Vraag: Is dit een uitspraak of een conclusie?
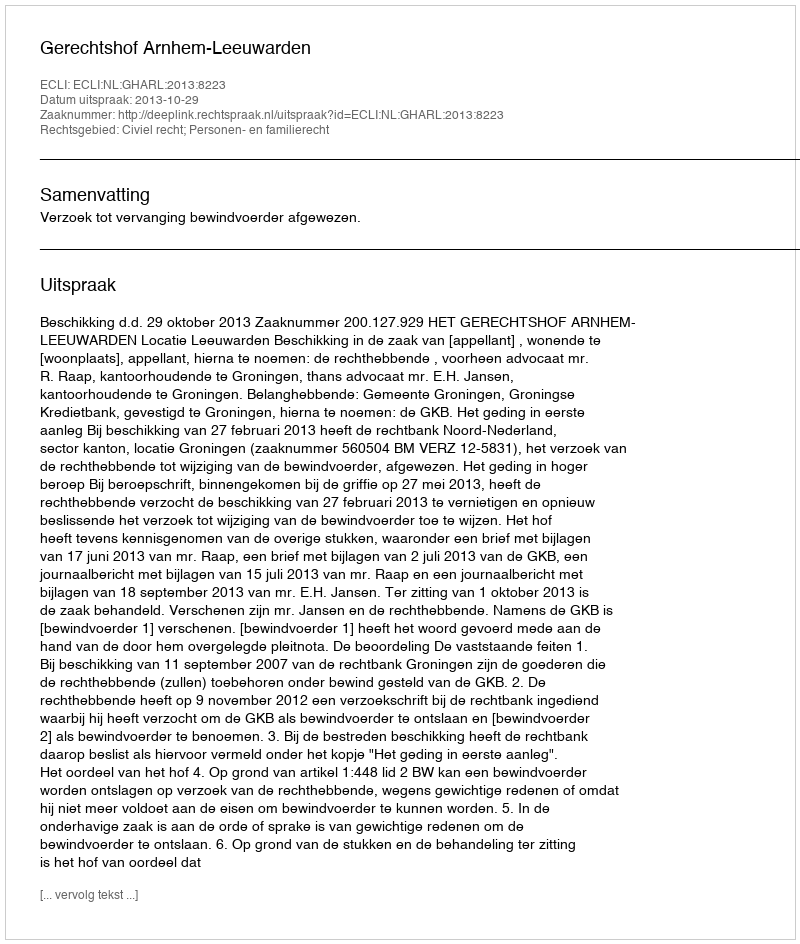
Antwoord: Uitspraak